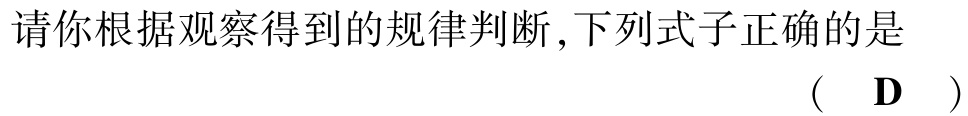
请你根据观察得到的规律判断,下列式子正确的是 （ D ）